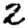
Digit: 2